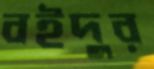
বইদুর